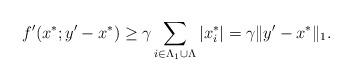
LaTeX: \begin{align*}f'(x^*;y'-x^*) &\ge\gamma\sum_{i\in\Lambda_1\cup\Lambda}|x_i^*|=\gamma\|y'-x^*\|_1.\end{align*}